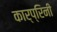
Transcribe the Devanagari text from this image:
कार्प्रिनी